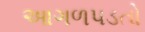
આગળપડતો